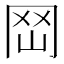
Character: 𡶬